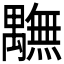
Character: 𮂭